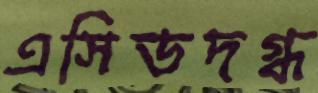
এসিডদগ্ধ